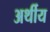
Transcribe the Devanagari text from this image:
अर्थीय